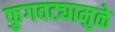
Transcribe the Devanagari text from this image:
फुगवट्यामुळे